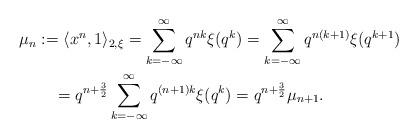
LaTeX: \begin{align*}\mu_{n}&:=\langle x^n,1\rangle_{2,\xi}=\sum_{k=-\infty}^{\infty}q^{nk}\xi(q^k)=\sum_{k=-\infty}^{\infty}q^{n(k+1)}\xi(q^{k+1})\\&\quad=q^{n+\frac{3}{2}}\sum_{k=-\infty}^{\infty}q^{(n+1)k}\xi(q^k)=q^{n+\frac{3}{2}}\mu_{n+1}.\end{align*}